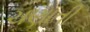
ચણાતી